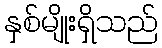
နှစ်မျိုးရှိသည်